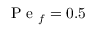
\mathrm { ~ P ~ e ~ } _ { f } = 0 . 5